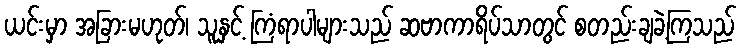
ယင်းမှာ အခြားမဟုတ်၊ သူနှင့် ကြံရာပါများသည် ဆဗာကာရိပ်သာတွင် စတည်းချခဲ့ကြသည်